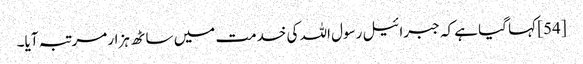
[54] کہا گیا ہے کہ جبرائیل رسول اللہ کی خدمت میں ساٹھ ہزار مرتبہ آیا۔